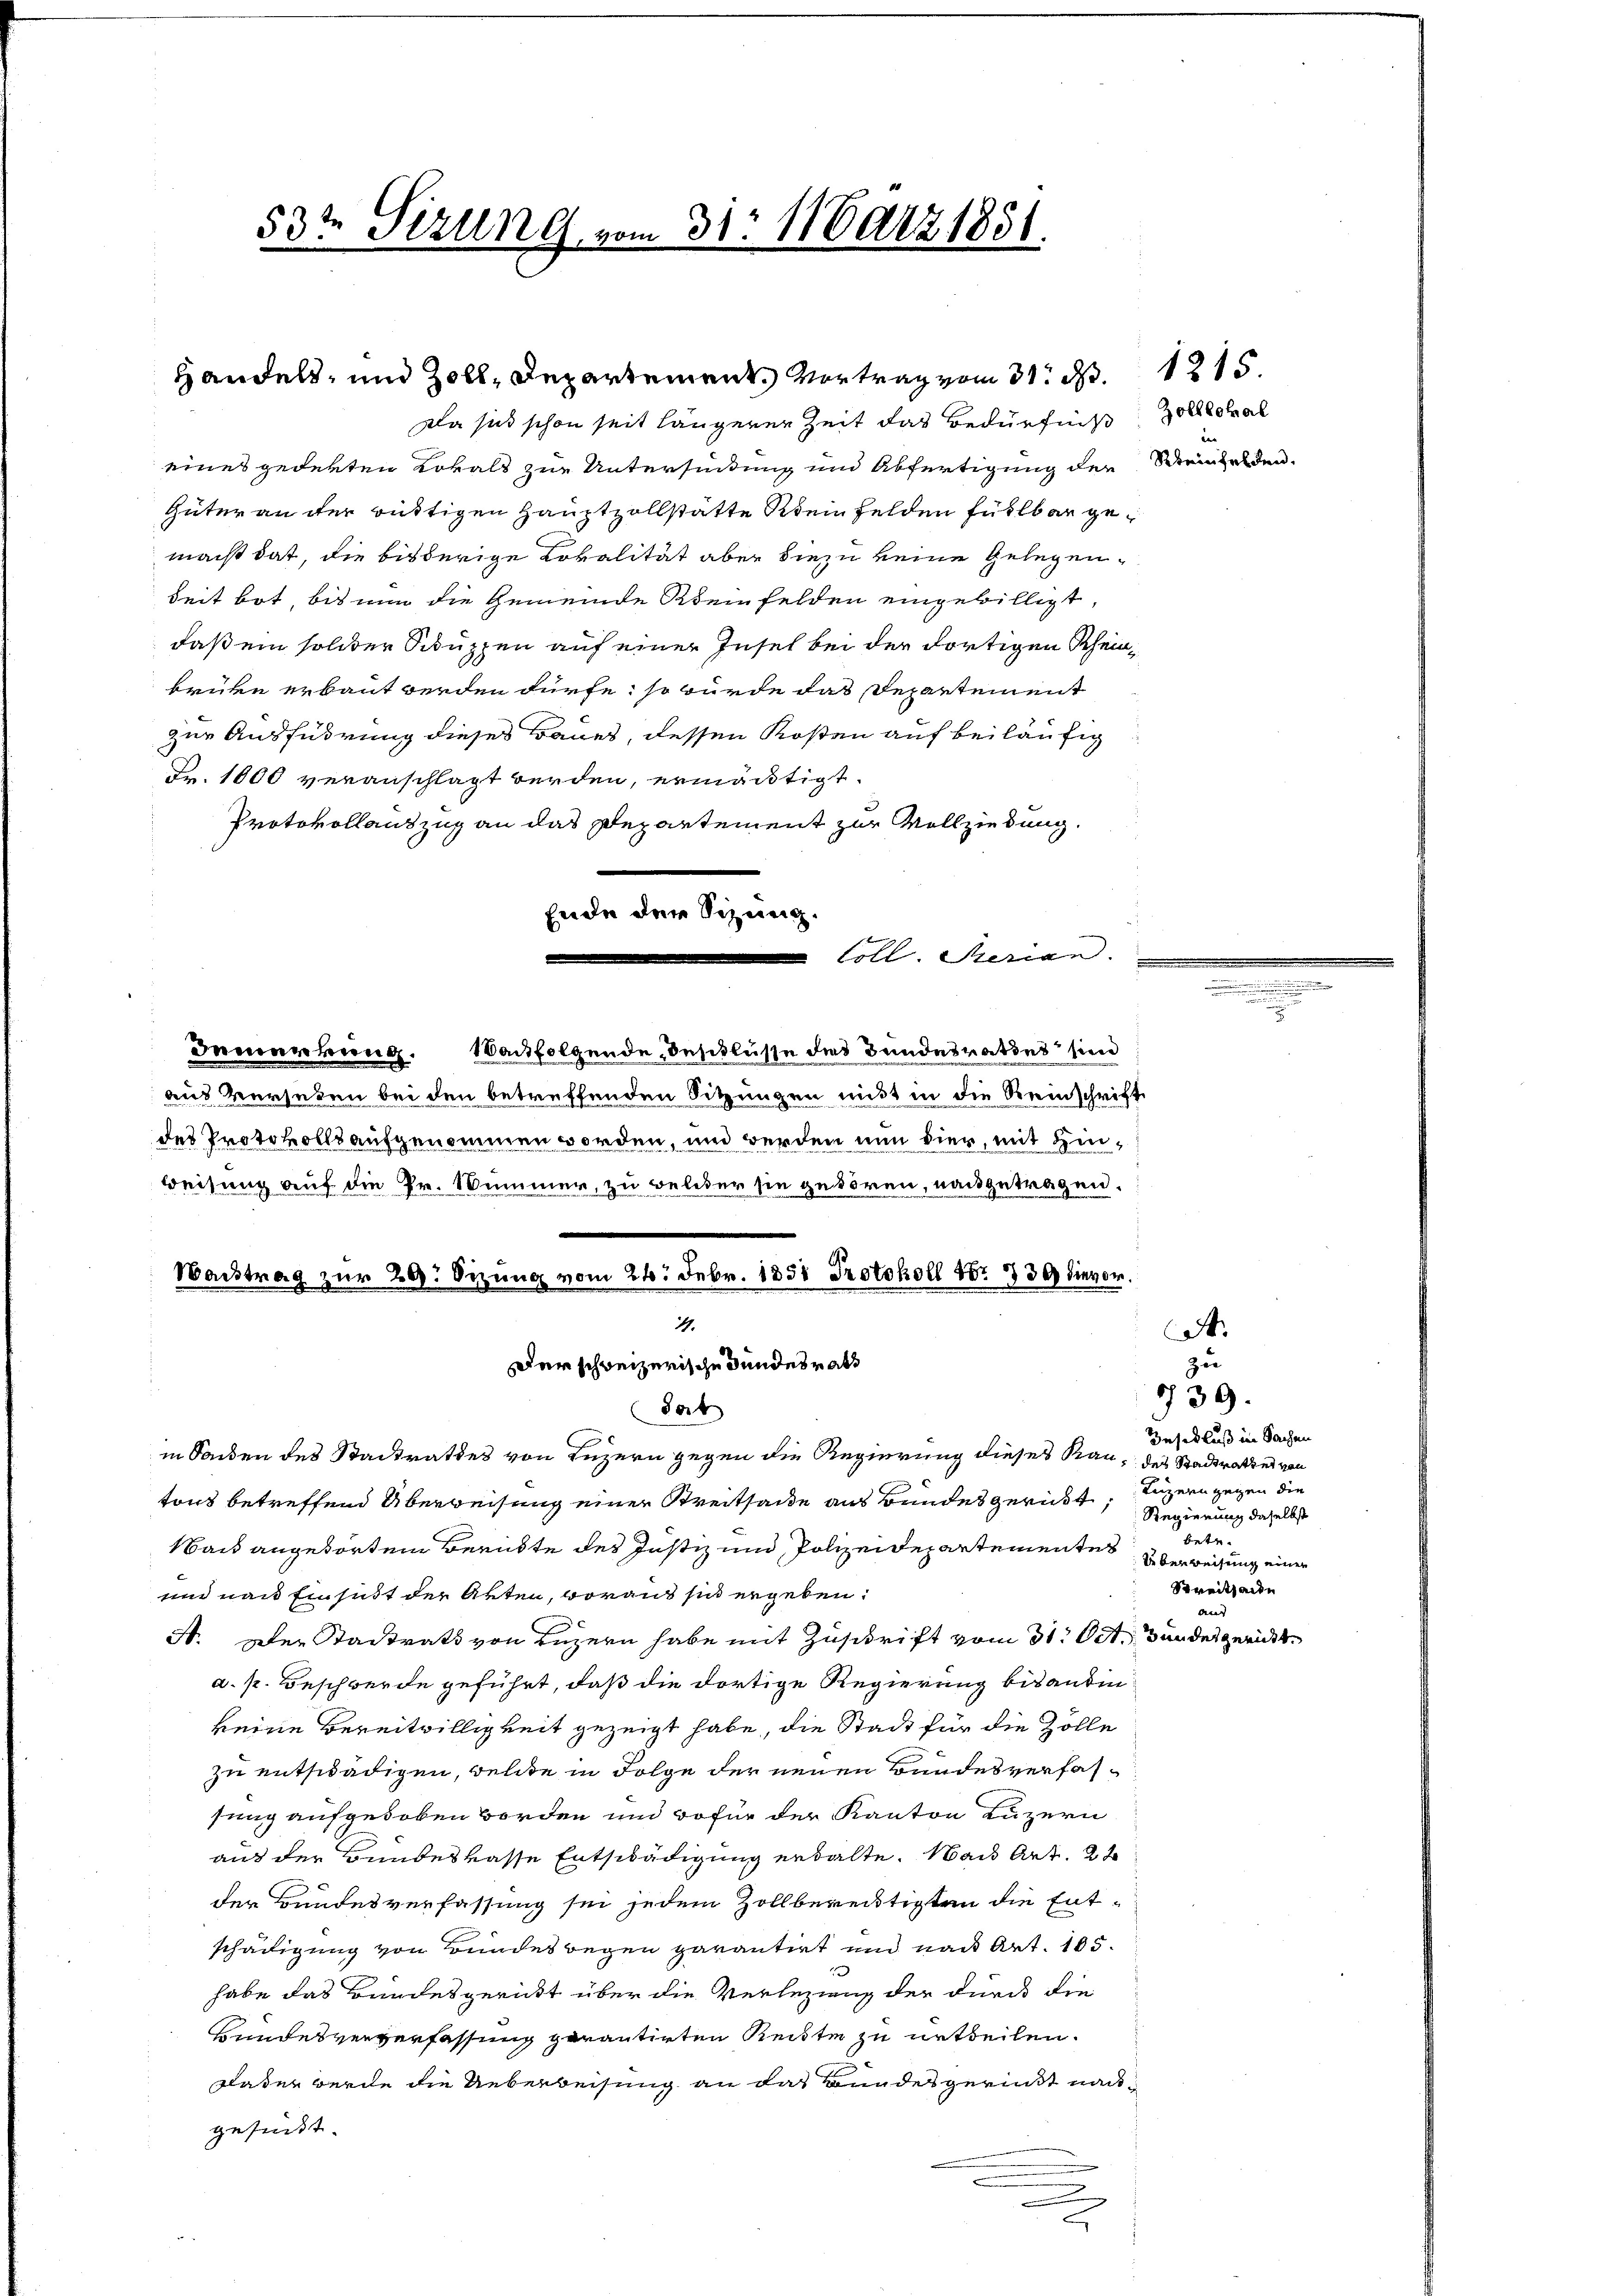
53te Sizung vom 31. März 1831.

Handels, und Zoll, Departement. Vortrag vom 31. M.

Wachtrag zur 20. Sizung vom 24. Febr. 1851 Protokoll Nr. 730 die vor.
14.

Da sich schon seit längerer Zeit das Bedürfniß Zollokal
eines gederten Lokals zur Unterfindung und Abfertigung der Steinhalden
Güter an der Büttigen Hauptzollstätte Stein Felden fühlbar gemacht hat, die bisherige Lokalität aber diezu keine Gelegen¬
Seit bot, bis nun die Gemeinde Rheinfelden eingebilligt,
daß ein solcher Schuppen auf einer Insel bei der dortigen Scheinbrüke erbaut werden dürfe, so würde das Departement
zur Ausführung dieses Baues, dessen Kosten auf beiläufig
Fr. 1000 veranschlagt werden, ermächtigt.
Protokollauszug an das Departement zur Vollziehung.
Ende den Sitzung.
Coll. Serian.
Inmerkung. Nachfolgende Beschlüsse des Bundesrathes sind
uand verheben bei den betreffenden Sitzungen nitt in die Reinschrift
des Protokolls aufgenommen worden, und werden nun dier, mit Hinweisung auf die Pr. Nummer, zu beleber sie gehören, nachgetragen.
Der schweizerische Bundesrath
80x
in Sonden des Stadtrathes von Luzern gegen die Regierung dieses Rau, des Stadtrathes von
tons betreffend Überweisung einer Streitsade aus Bundesgericht, Luzern gegen die
Nach angehörten Berükte des Justiz und Polizeidepartementes Oberweisung einer
und nach Einsist der Akten, woraus sich ergeben:
A. Der Stadtrats von Luzern habe mit Zuschrift vom 31. Oct. Bundesgericht
a. p. Beschwerde geführt, daß die dortige Regierung bis anden
keine Bereitwilligkeit gezeigt habe, die Stadt für die Zölle
zu entschädigen, welche in Folge der neuen Bundesverfassung aufgehoben Borden und wofür der Kanton Luzern
aus der Bundeskasse Entschädigung erkalte. Nach Art. 2
der Bundesverfassung sei jedem Zollberechtigten die Entschädigung von Bundeswegen garantirt und nach Art. 105.
habe das Bandesgericht über die Verlegung der durch die
Hundesververfassung gerantirten Reitte zu urtheilen.
glasen werde die Ueberweisung an das Bundes gerint nachgesundt.
x

1215

A.
zu
Iusedluß in Sachen
Regierung daselbst
betr.
Streithande
aus

739.